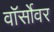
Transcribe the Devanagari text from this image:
वॉर्सोवर